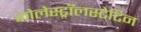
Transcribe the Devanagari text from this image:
कोलेस्ट्रॉलस्टेटिन